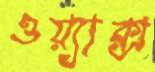
ওয়্যাক্স